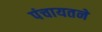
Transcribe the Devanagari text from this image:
पंचायतने